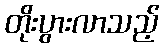
တိုးပွားလာသည့်